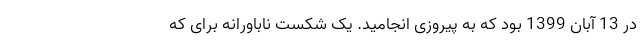
در 13 آبان 1399 بود که به پیروزی انجامید. یک شکست ناباورانه برای که